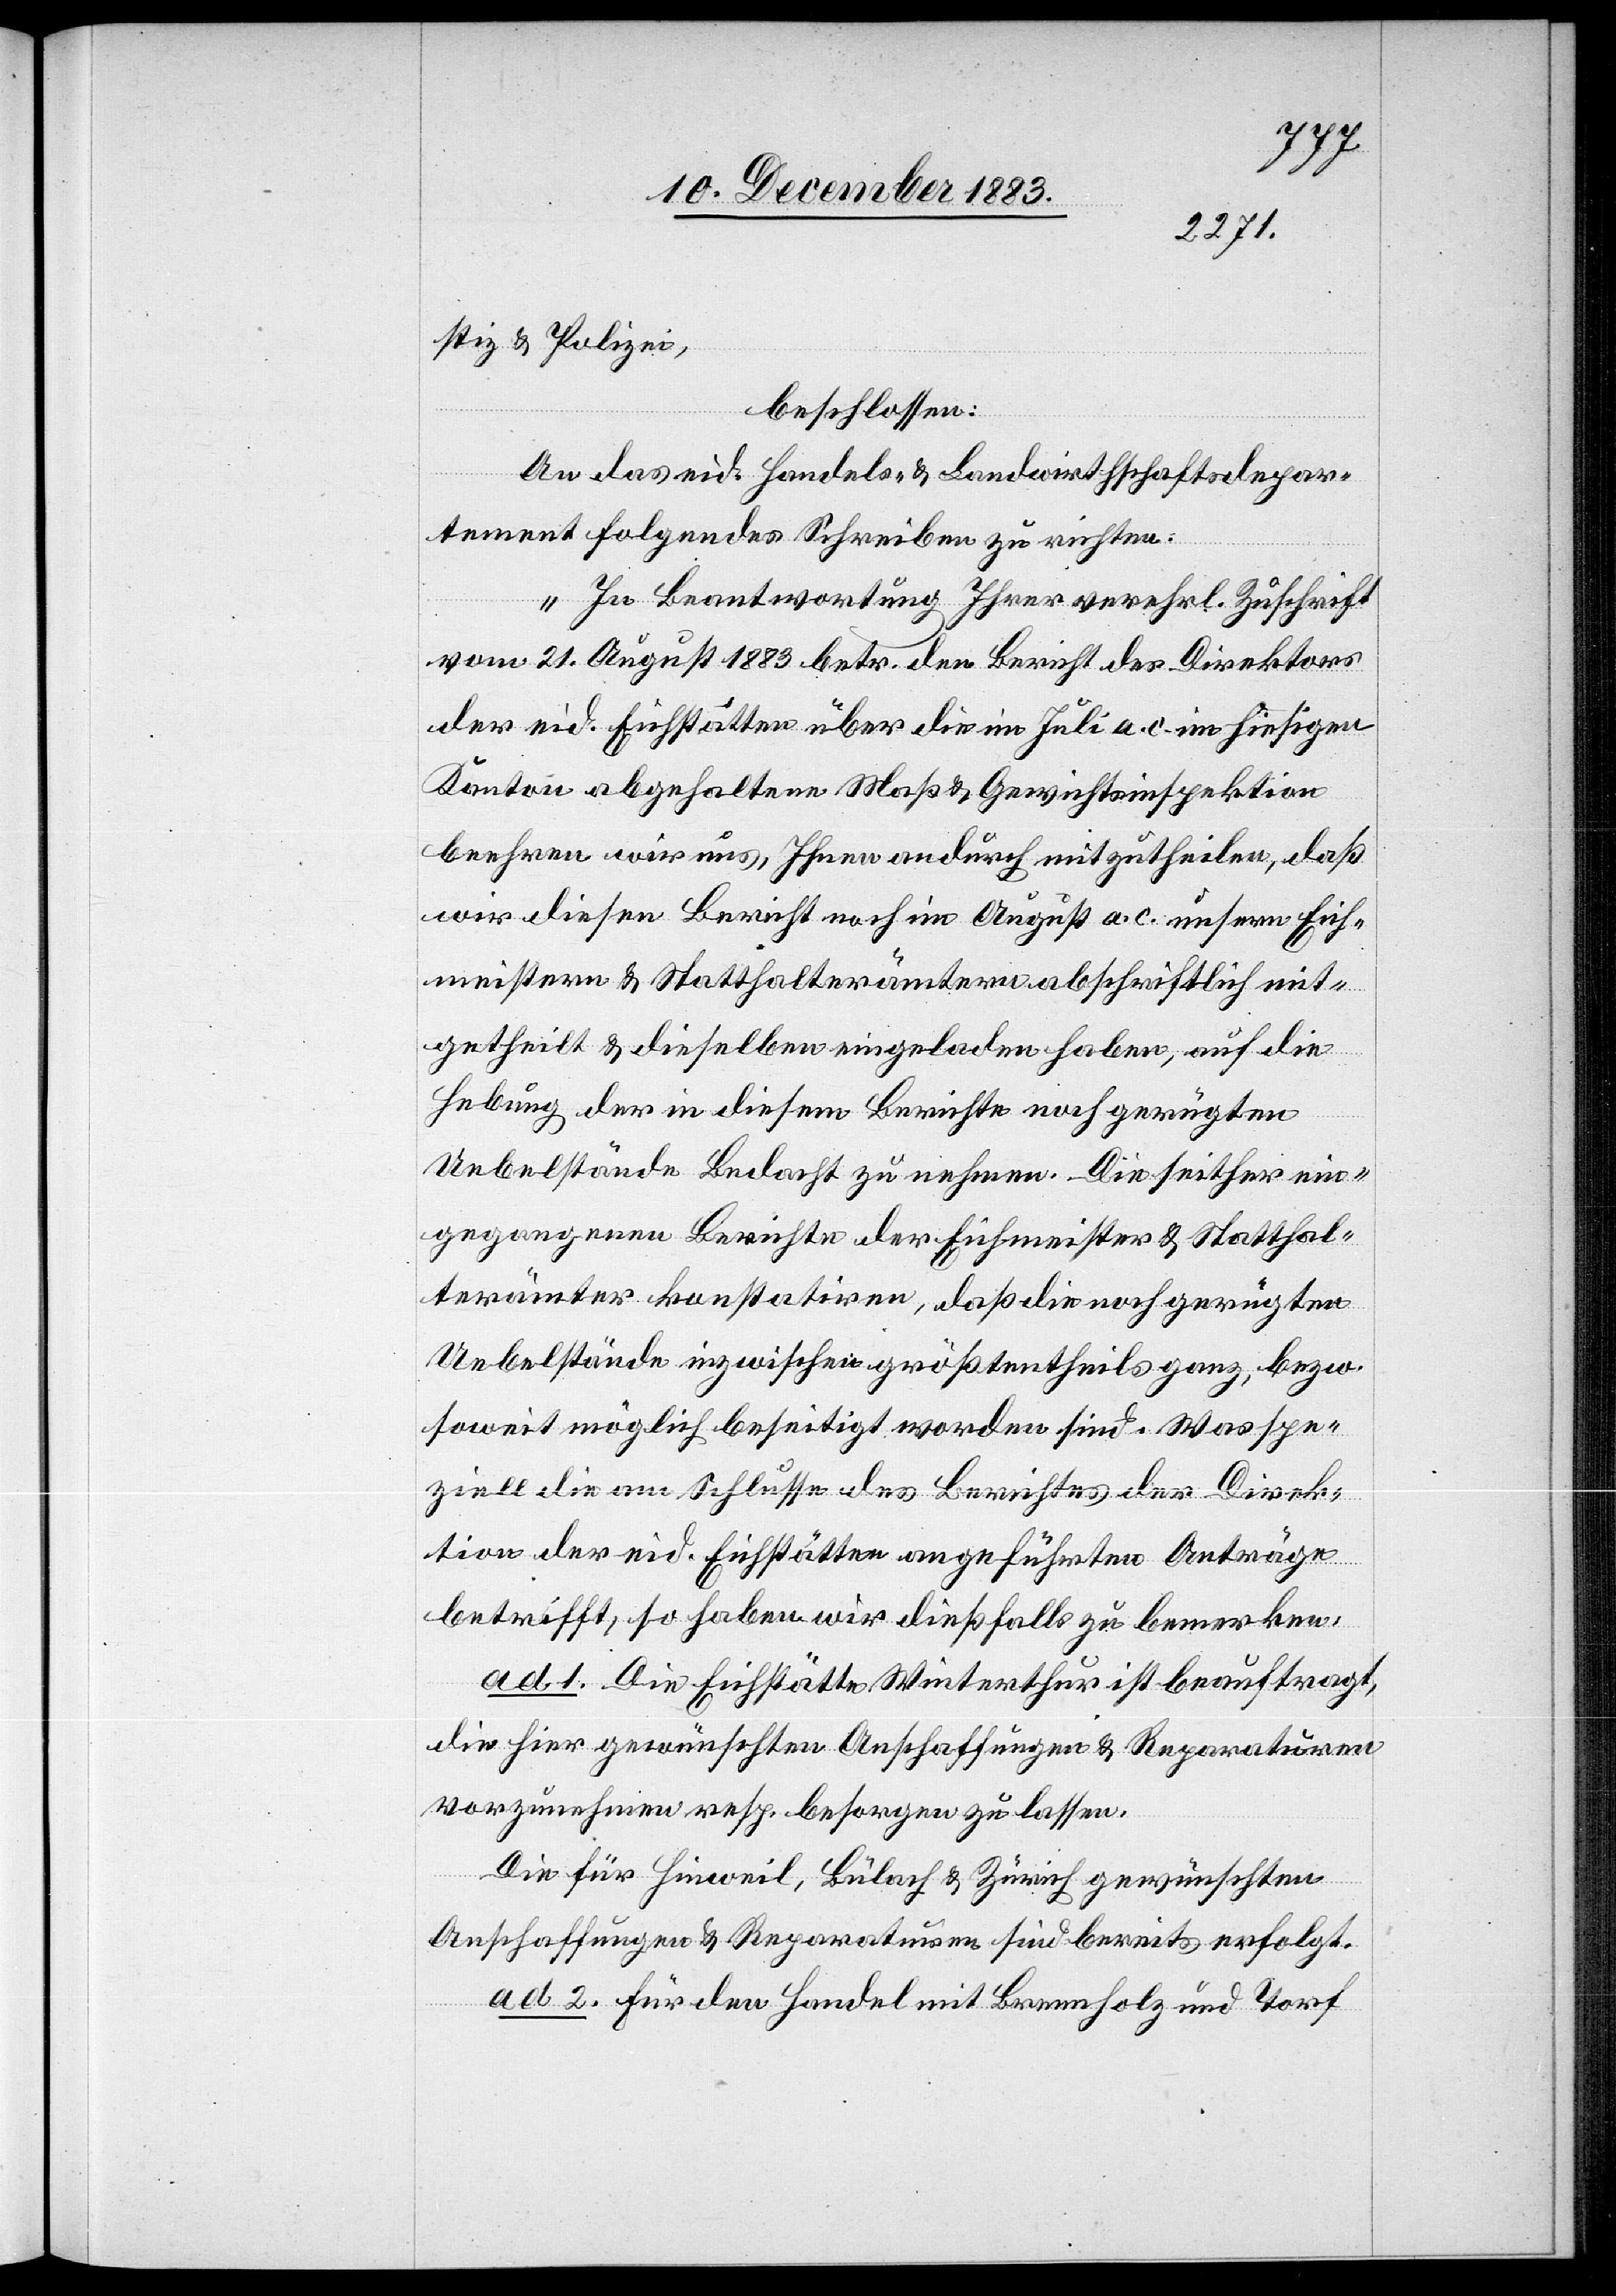
stiz & Polizei,
beschlossen:
An das eid. Handels- & Landwirthschaftsdepar¬
tement folgendes Schreiben zu richten:
„In Beantwortung Ihrer verehrl. Zuschrift
vom 21. August 1883 betr. den Bericht des Direktors
der eid. Eichstätten über die im Juli a. c. im hiesigen
Kanton abgehaltene Maß & Gewichtinspektion
beehren wir uns, Ihnen andurch mitzutheilen, daß
wir diesen Bericht noch im August a. c. unsern Eich¬
meistern & Statthalterämtern abschriftlich mit¬
getheilt & dieselben eingeladen haben, auf die
Hebung der in diesem Berichte noch gerügten
Uebelstände Bedacht zu nehmen. Die seither ein¬
gegangenen Berichte der Eichmeister & Statthal¬
terämter konstatiren, daß die noch gerügten
Uebelstände inzwischen größtentheils ganz, bezw.
soweit möglich beseitigt worden sind. Was spe¬
ziell die am Schlusse des Berichtes der Direk¬
tion der eid. Eichstätten angeführten Anträge
betrifft, so haben wir dießfalls zu bemerken:
ad 1. Die Eichstätte Winterthur ist beauftragt,
die hier gewünschten Anschaffungen & Reparaturen
vorzunehmen resp. besorgen zu lassen.
Die für Hinweil, Bülach & Zürich gewünschten
Anschaffungen & Reparaturen sind bereits erfolgt.
ad 2. Für den Handel mit Brennholz und Torf